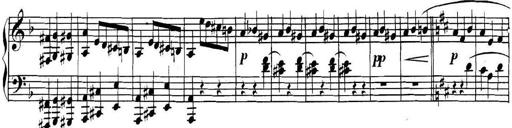
Title: Collected Piano Sonatas
Composer: Muzio Clementi